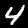
Digit: 4